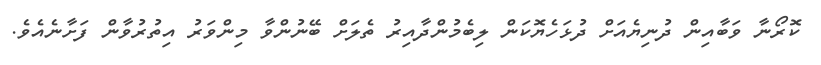
ކޮރޯނާ ވަބާއިން ދުނިޔެއަށް ދުޅަހެޔޮކަން ލިބެމުންދާއިރު ތެލަށް ބޭނުންވާ މިންވަރު އިތުރުވާން ފަށާނެއެވެ.